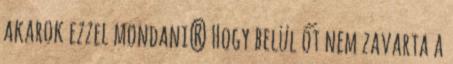
akarok ezzel mondani? Hogy belül őt nem zavarta a